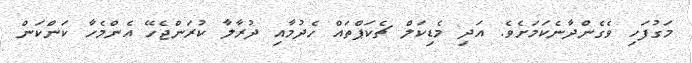
މަގުފަހި ވެގެންދާނެކަމަށެވެ. އަދި މެޑިކަލް ޗެކަޕްތައް ހެދުމާއި ދުރާލާ ކުރަންޖެހޭ އެންމެހާ ކަންކަން